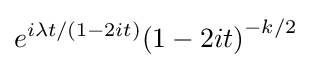
e^{i\lambda t/(1-2it)}{\left(1-2it\right)}^{-k/2}